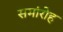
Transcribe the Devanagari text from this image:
समांरोह